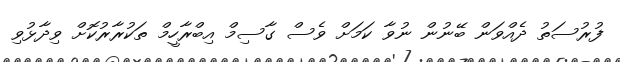
ފުރުސަތު ދެއްވަން ބޭނުން ނުވާ ކަމަށް ވެސް ގާސިމް އިބްރާހީމް ތަކުރާރުކޮށް ވިދާޅުވި